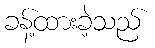
ခန့်ထားခဲ့သည်